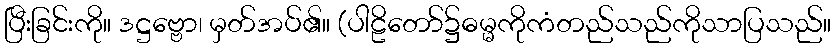
ပြီးခြင်းကို။ ဒဋ္ဌဗ္ဗော၊ မှတ်အပ်၏။ (ပါဠိတော်၌ဓမ္မကိုကံတည်သည်ကိုသာပြသည်။